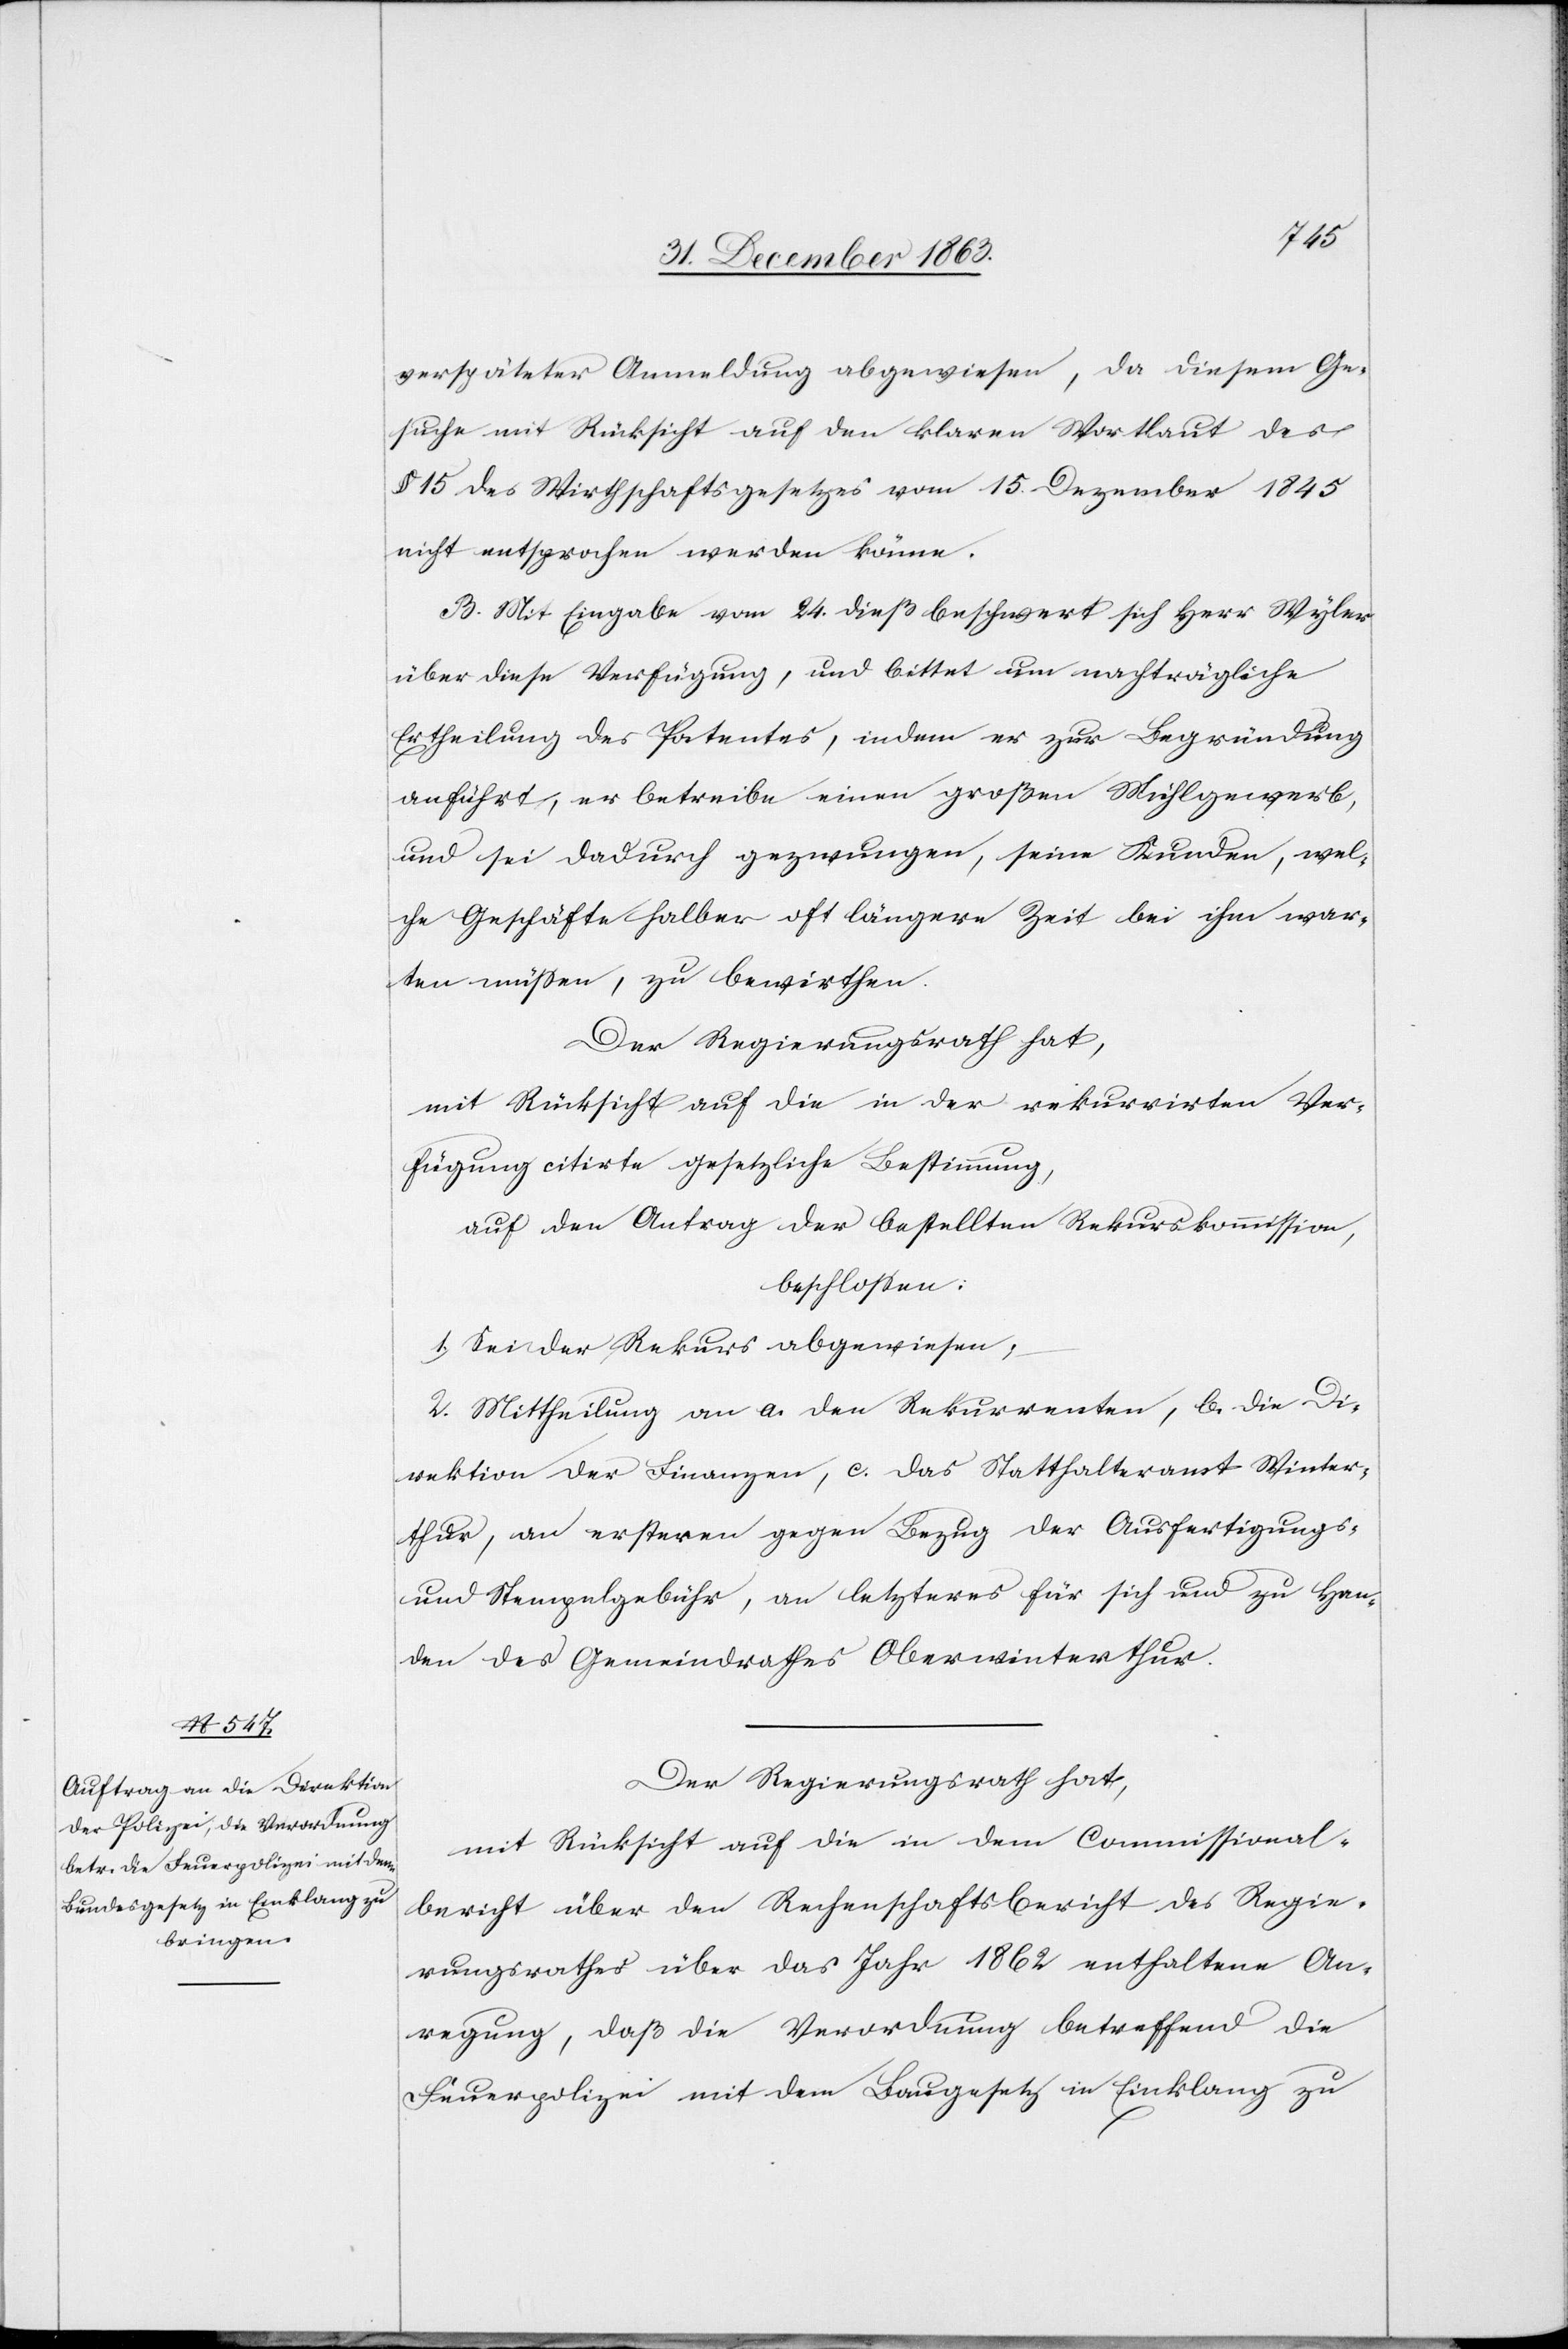
verspäteter Anmeldung abgewiesen, da diesem Ge¬
suche mit Rücksicht auf den klaren Wortlaut des
§ 15 des Wirthschaftsgesetzes vom 15. Dezember 1845
nicht entsprochen werden könne.
B. Mit Eingabe vom 24. dieß beschwert sich Herr Wyler
über diese Verfügung, und bittet um nachträgliche
Ertheilung des Patentes, indem er zur Begründung
anführt, er betreibe einen großen Mühlgewerb,
und sei dadurch gezwungen, seine Kunden, wel¬
che Geschäfte halber oft längere Zeit bei ihm war¬
ten müssen, zu bewirthen.
Der Regierungsrath hat,
mit Rücksicht auf die in der rekurrirten Ver¬
fügung citirte gesetzliche Bestimmung,
auf den Antrag der bestellten Rekurskommission,
beschlossen:
1. Sei der Rekurs abgewiesen;
2. Mittheilung an a. den Rekurrenten, b. die Di¬
rektion der Finanzen, c. das Statthalteramt Winter¬
thur, an ersteren gegen Bezug der Ausfertigungs-
und Stempelgebühr, an letzteres für sich und zu Han¬
den des Gemeindrathes Oberwinterthur.
Der Regierungsrath hat,
mit Rücksicht auf die in dem Commissional¬
bericht über den Rechenschaftsbericht des Regie¬
rungsrathes über das Jahr 1862 enthaltene An¬
regung, daß die Verordnung betreffend die
Feuerpolizei mit dem Baugesetz in Einklang zu